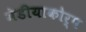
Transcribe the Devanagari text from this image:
मेडीयाकोर्प